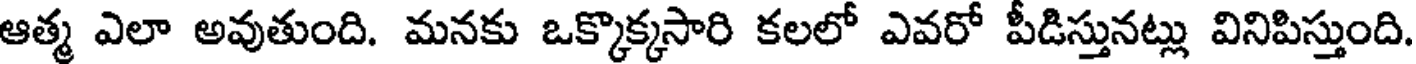
ఆత్మ ఎలా అవుతుంది. మనకు ఒక్కొక్కసారి కలలో ఎవరో పీడిస్తునట్లు వినిపిస్తుంది